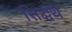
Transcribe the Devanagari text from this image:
सिद्धर्थ